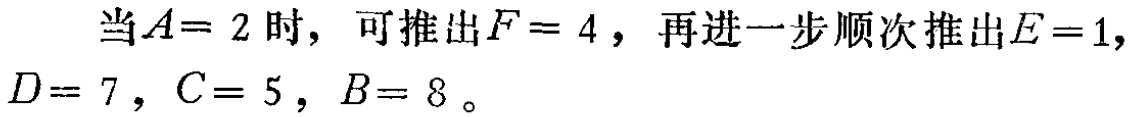
当\(A = 2\)时，可推出\(F = 4\)，再进一步顺次推出\(E = 1\)，\(D = 7\)，\(C = 5\)，\(B = 8\)。